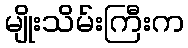
မျိုးသိမ်းကြီးက